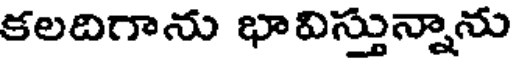
కలదిగాను భావిస్తున్నాను